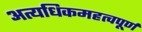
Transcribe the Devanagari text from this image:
अत्यधिकमहत्वपूर्ण